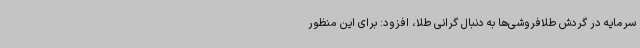
سرمایه در گردش طلافروشی‌ها به دنبال گرانی طلا، افزود: برای این منظور